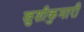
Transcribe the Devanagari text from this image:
खुशीकुमारी